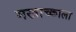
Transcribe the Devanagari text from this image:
मखाच्काला